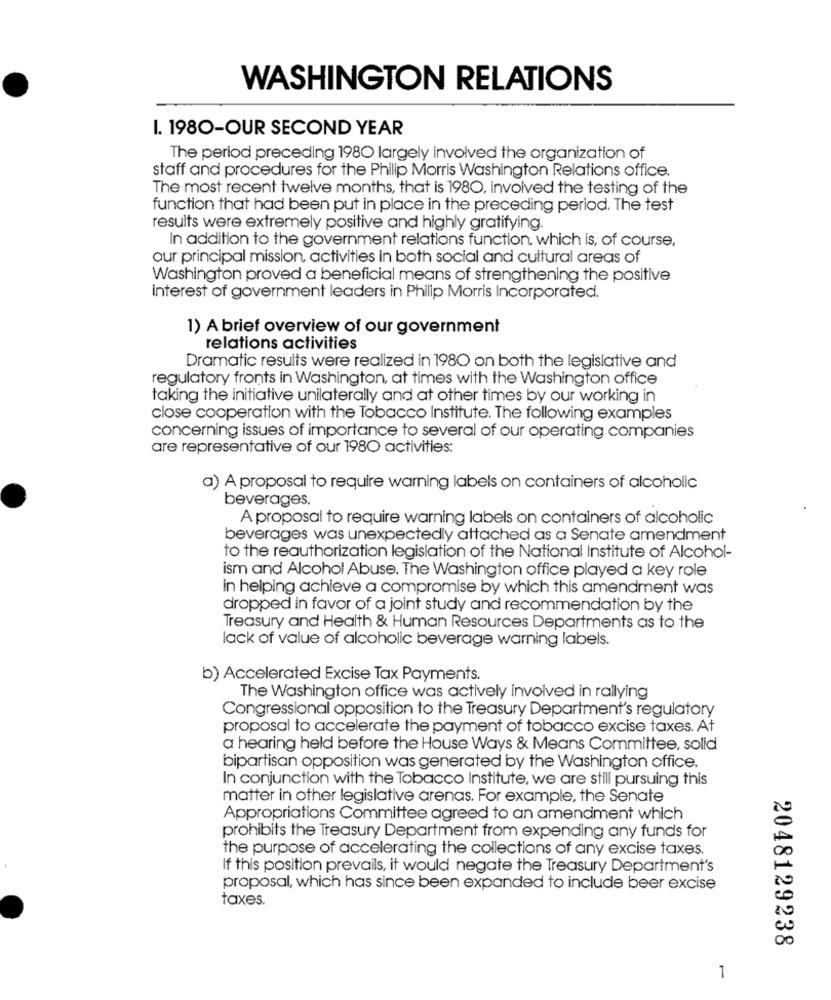
WASHINGTON RELATIONS
I. 1980-OUR SECOND YEAR
The period preceding 1980 largely involved the organization of
staff and procedures for the Philip Morris Washington Relations office.
The most recent twelve months, that is 1980, involved the testing of the
function that had been put in place in the preceding period. The test
results were extremely positive and highly gratifying.
In addition to the government relations function. which is, of course,
our principal mission, activities in both social and cultural areas of
Washington proved a beneficial means of strengthening the positive
interest of government leaders in Philip Morris Incorporated.
1) A brief overview of our government
relations activities
Dramatic results were realized in 1980 on both the legislative and
regulatory fronts in Washington, at times with the Washington office
taking the initiative unilaterally and at other times by our working in
close cooperation with the Tobacco Institute. The following examples
concerning issues of importance to several of our operating companies
are representative of our 1980 activities:
a) A proposal to require warning labels on containers of alcoholic
beverages.
A proposal to require warning labels on containers of alcoholic
beverages was unexpectedly attached as a Senate amendment
to the reauthorization legislation of the National Institute of Alcohol-
ism and Alcohol Abuse. The Washington office played a key role
in helping achieve a compromise by which this amendment was
dropped in favor of a joint study and recommendation by the
Treasury and Health & Human Resources Departments as to the
lack of value of alcoholic beverage warning labels.
b) Accelerated Excise Tax Payments.
The Washington office was actively involved in rallying
Congressional opposition to the Treasury Department's regulatory
proposal to accelerate the payment of tobacco excise taxes. At
a hearing held before the House Ways & Means Committee, solid
bipartisan opposition was generated by the Washington office.
In conjunction with the Tobacco Institute, we are still pursuing this
matter in other legislative arenas. For example, the Senate
Appropriations Committee agreed to an amendment which
prohibits the Treasury Department from expending any funds for
the purpose of accelerating the collections of any excise taxes.
If this position prevails, it would negate the Treasury Department's
proposal, which has since been expanded to include beer excise
taxes
2048129238
1